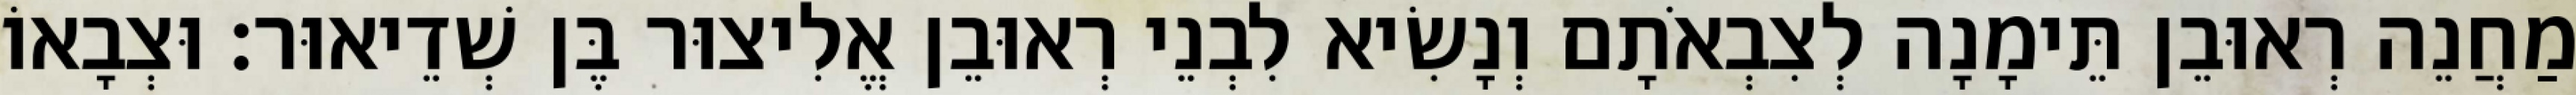
מַחֲנֵה רְאוּבֵן תֵּימָנָה לְצִבְאֹתָם וְנָשִׂיא לִבְנֵי רְאוּבֵן אֱלִיצוּר בֶּן שְׁדֵיאוּר׃ וּצְבָאוֹ